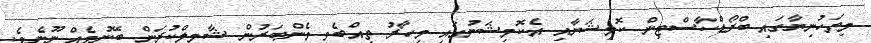
މިތަހުނިޔާގައި ބްރޯޑްކާސްޓިން ކޮމިޝަނާއި އެކޮމިޝަނުގައި މިހާރު ތިއްބެވި މެންބަރުން ޝާމިލްކުރަން ބޭނުމެއް ނޫނެވެ.